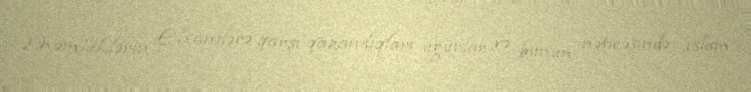
Məmlüklərin Elxanilərə qarşı qazandıqları uğurlar və bunun nəticəsində İslam